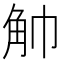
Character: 𧢹